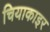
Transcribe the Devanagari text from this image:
चियाकाइर